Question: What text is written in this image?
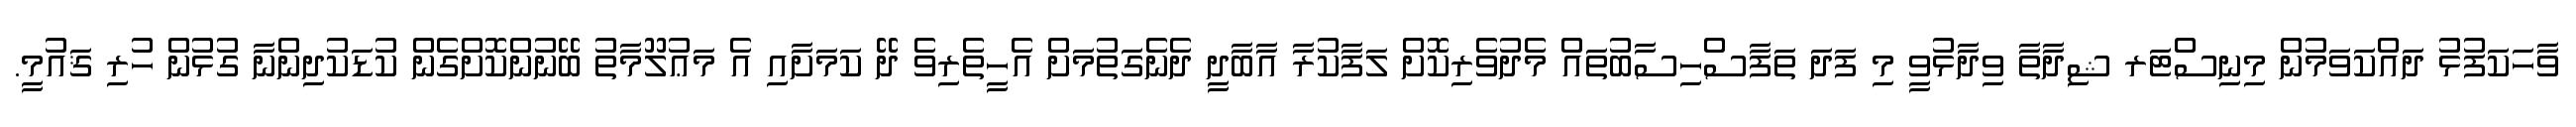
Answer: ވާހަކަފުޅު ދައްކަވަމުން މިނިސްޓަރ ޝިދާތާ ވިދާޅުވީ މި ފަދަ ތަފާސްހިސާބުތައް މެދުވެރިކޮށް ލަފާކުރާ އާބާދީ ދެނެގަތުމަށް އެހީތެރިވެ ދޭ ކަމަށާއި އެ މަޢުލޫމާތު ބޭނުންކޮށްގެން ކުޑަކުދިންނާ ގުޅުން ހުރި ޤައުމީ.